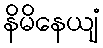
နိမိနေယျံ